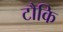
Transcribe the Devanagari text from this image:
टौकि